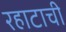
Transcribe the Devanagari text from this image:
रहाटाची